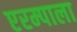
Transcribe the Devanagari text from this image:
एरम्पाला